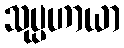
သုပ္ပဟာယာ